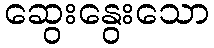
ဆွေးနွေးသော